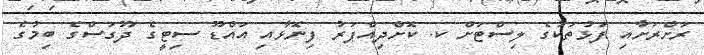
ރަށްރަށާއި ފަޅުތަކުގެ ލިސްޓަށް ކ. ކޮށްދިއްޕަރު ފިނޮޅާއި އައްޑޫ ސިޓީގެ ދޫގަސްގެ ބިމުގެ